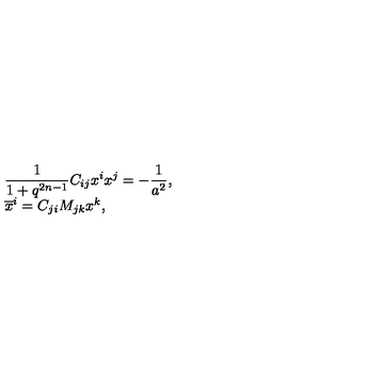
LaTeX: \begin{array} { l } { \displaystyle \frac { 1 } { 1 + q ^ { 2 n - 1 } } C _ { i j } x ^ { i } x ^ { j } = - \frac { 1 } { a ^ { 2 } } , } \\ { { \overline { x } ^ { i } } = C _ { j i } M _ { j k } x ^ { k } , } \\ \end{array}